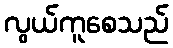
လွယ်ကူစေသည်